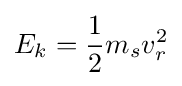
E_{k}={\frac {1}{2}}m_{s}v_{r}^{2}